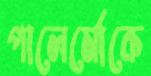
পালের্মোকে